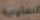
التعاونية